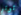
توتر